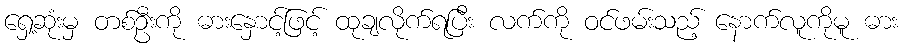
ရှေ့ဆုံးမှ တစ်ဦးကို ဓားနှောင့်ဖြင့် ထုချလိုက်ရပြီး လက်ကို ဝင်ဖမ်းသည့် နောက်လူကိုမူ ဓား